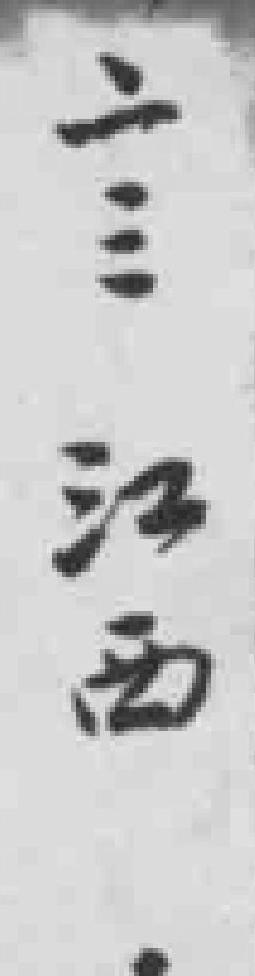
二三江西